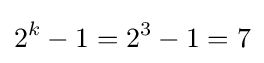
2^{k}-1=2^{3}-1=7